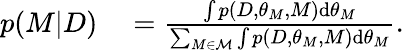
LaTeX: \begin{array}{rl}{p(M|D)}&{{}=\frac{\int p(D,\theta_{M},M)\textup{d}\theta_{M}}{\sum_{M\in\mathcal{M}}\int p(D,\theta_{M},M)\textup{d}\theta_{M}}.}\end{array}